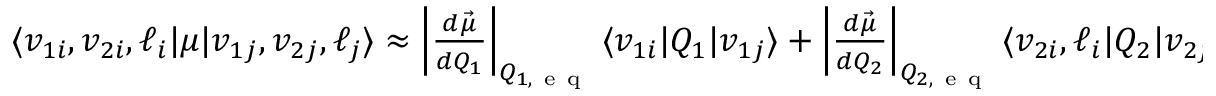
\begin{array} { r } { \langle v _ { 1 i } , v _ { 2 i } , \ell _ { i } \lvert \mu \lvert v _ { 1 j } , v _ { 2 j } , \ell _ { j } \rangle \approx \left| \frac { d \vec { \mu } } { d Q _ { 1 } } \right| _ { Q _ { 1 , \mathrm { ~ e ~ q ~ } } } \langle v _ { 1 i } \lvert Q _ { 1 } \lvert v _ { 1 j } \rangle + \left| \frac { d \vec { \mu } } { d Q _ { 2 } } \right| _ { Q _ { 2 , \mathrm { ~ e ~ q ~ } } } \langle v _ { 2 i } , \ell _ { i } \lvert Q _ { 2 } \lvert v _ { 2 j } , \ell _ { j } \rangle , } \end{array}